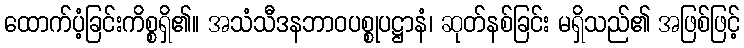
ထောက်ပံ့ခြင်းကိစ္စရှိ၏။ အသံသီဒနဘာဝပစ္စုပဋ္ဌာနံ၊ ဆုတ်နစ်ခြင်း မရှိသည်၏ အဖြစ်ဖြင့်